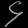
Digit: ၄